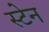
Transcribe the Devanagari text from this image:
स्‍टेन